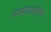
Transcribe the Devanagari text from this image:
बादशहानेच